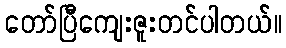
တော်ပြီကျေးဇူးတင်ပါတယ်။